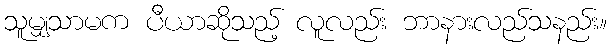
သူမျှသာမက ပီယာဆိုသည့် လူလည်း ဘာနားလည်သနည်း။